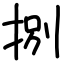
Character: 捌